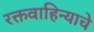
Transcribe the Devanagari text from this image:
रक्तवाहिन्याचे